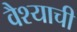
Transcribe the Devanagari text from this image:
वैश्याची